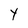
Character: Y